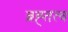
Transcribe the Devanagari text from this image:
ब्रह्तत्व